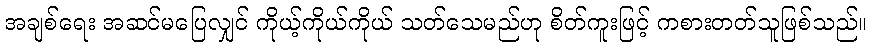
အချစ်ရေး အဆင်မပြေလျှင် ကိုယ့်ကိုယ်ကိုယ် သတ်သေမည်ဟု စိတ်ကူးဖြင့် ကစားတတ်သူဖြစ်သည်။